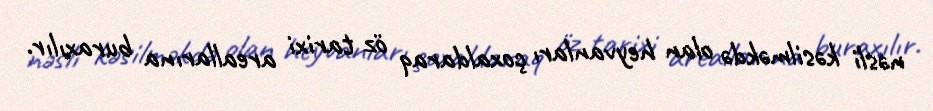
nəsli kəsilməkdə olan heyvanları çoxaldaraq öz tarixi areallarına buraxılır.